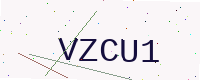
Text: VZCU1